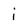
Character: i